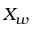
X _ { w }